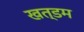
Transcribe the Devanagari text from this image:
खत्डम